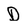
Character: D